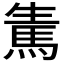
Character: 𩢫